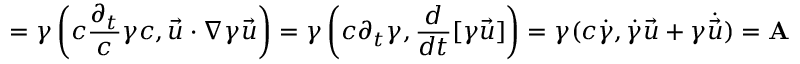
= \gamma \left( c { \frac { \partial _ { t } } { c } } \gamma c , { \vec { u } } \cdot \nabla \gamma { \vec { u } } \right) = \gamma \left( c \partial _ { t } \gamma , { \frac { d } { d t } } [ \gamma { \vec { u } } ] \right) = \gamma ( c { \dot { \gamma } } , { \dot { \gamma } } { \vec { u } } + \gamma { \dot { \vec { u } } } ) = \mathbf { A }